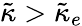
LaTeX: \tilde{\kappa}>\tilde{\kappa}_{e}